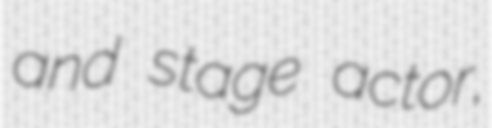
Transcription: and stage actor,